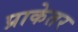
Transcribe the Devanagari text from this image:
प्राकेतर